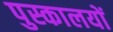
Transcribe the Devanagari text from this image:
पुस्कालयों